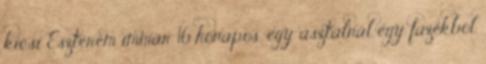
kicsi Eszterem immár 16 hónapos, egy asztalnál egy fazékból